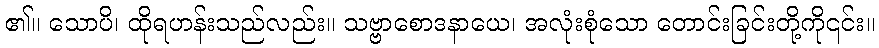
၏။ သောပိ၊ ထိုရဟန်းသည်လည်း။ သဗ္ဗာစောဒနာယေ၊ အလုံးစုံသော တောင်းခြင်းတို့ကို၎င်း။